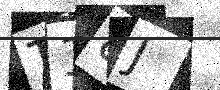
Text: T18J